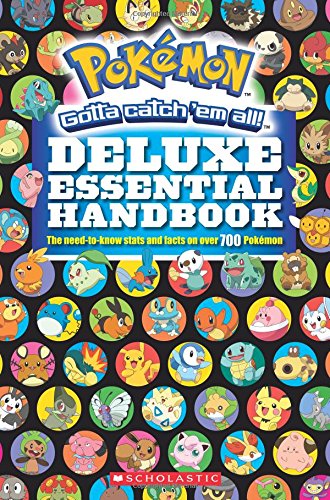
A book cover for Deluxe Essential Handbook (PokÃ©mon) (Pokemon); Scholastic; Humor & Entertainment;